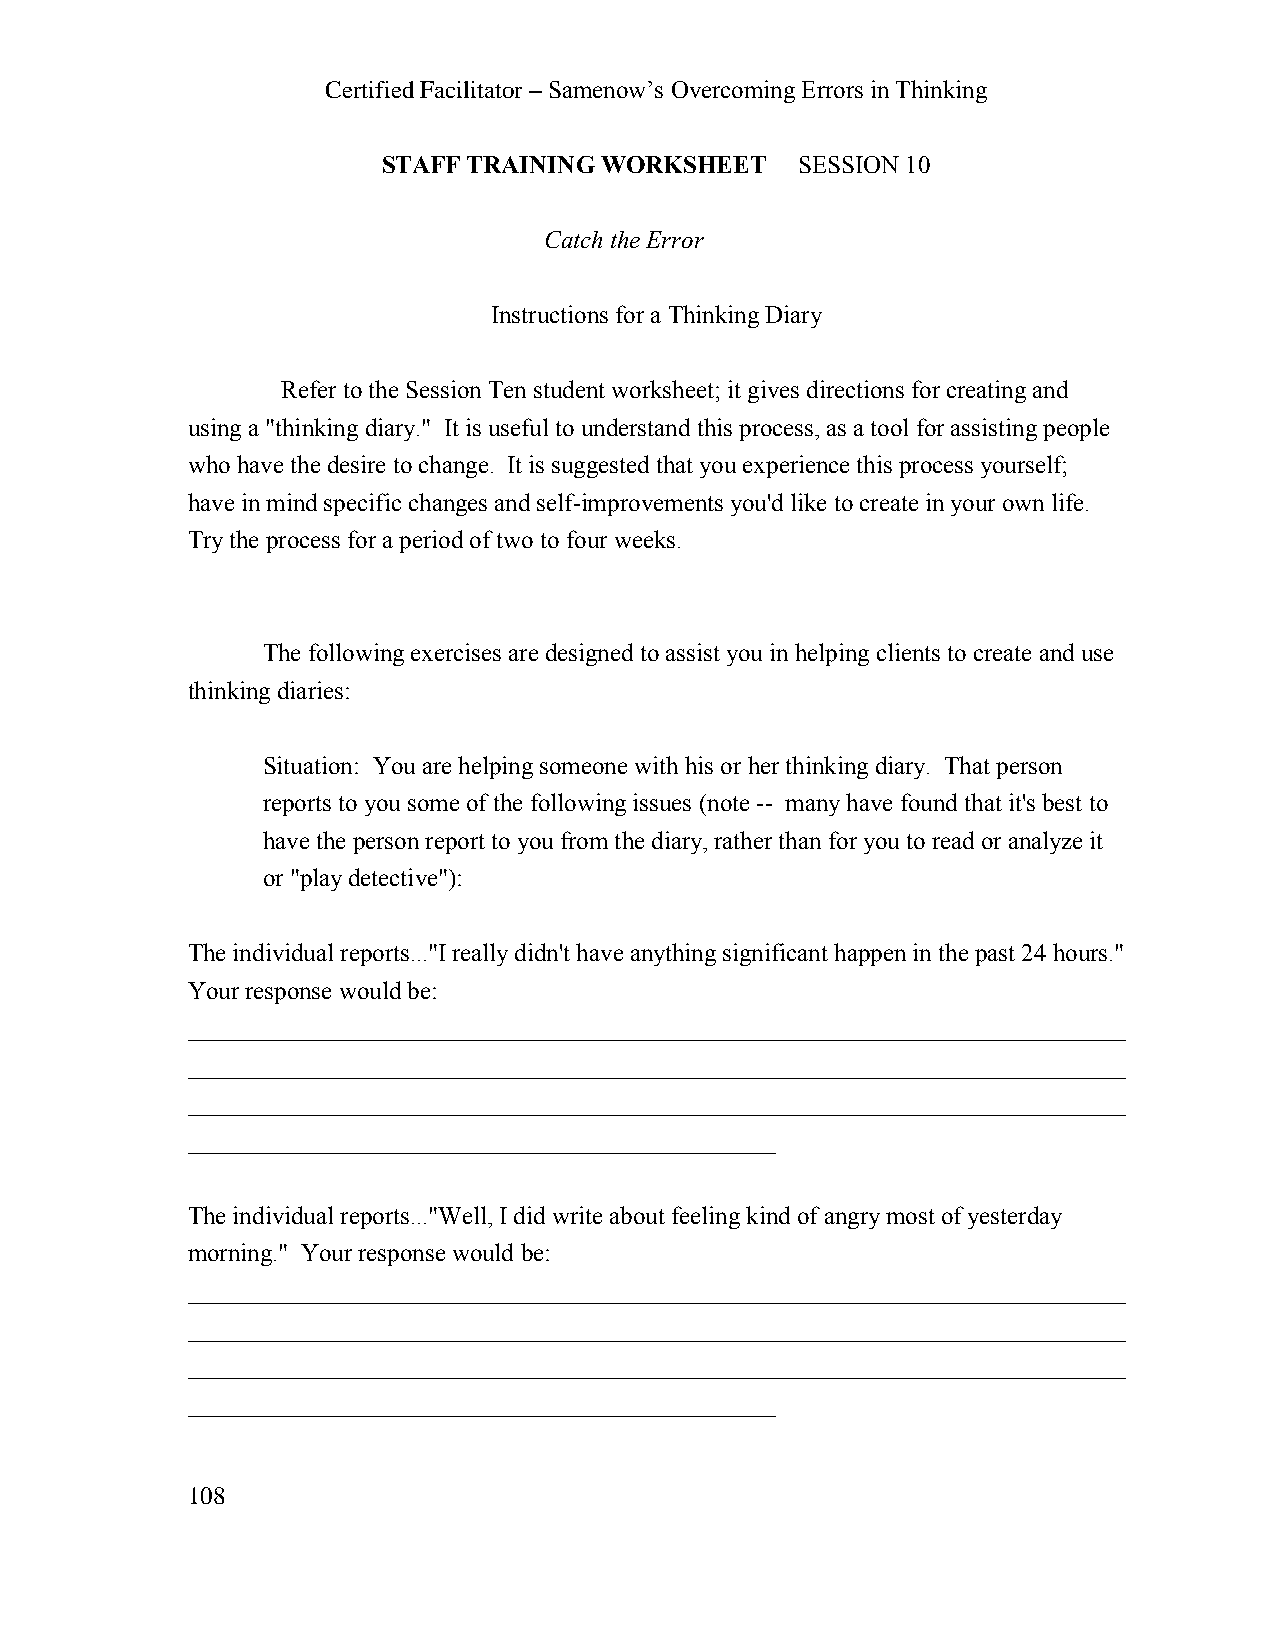
Certified Facilitator – Samenow’s Overcoming Errors in Thinking
 STAFF TRAINING WORKSHEET    SESSION 10
 Catch the Error
 Instructions for a Thinking Diary
 Refer to the Session Ten student worksheet; it gives directions for creating and
 using a "thinking diary." It is useful to understand this process, as a tool for assisting people
 who have the desire to change. It is suggested that you experience this process yourself;
 have in mind specific changes and self-improvements you'd like to create in your own life.
 Try the process for a period of two to four weeks.
 The following exercises are designed to assist you in helping clients to create and use
 thinking diaries:
 Situation: You are helping someone with his or her thinking diary. That person
 reports to you some of the following issues (note -- many have found that it's best to
 have the person report to you from the diary, rather than for you to read or analyze it
 or "play detective"):
 The individual reports..."I really didn't have anything significant happen in the past 24 hours."
 Your response would be:
 ___________________________________________________________________________
 ___________________________________________________________________________
 ___________________________________________________________________________
 _______________________________________________
 The individual reports..."Well, I did write about feeling kind of angry most of yesterday
 morning." Your response would be:
 ___________________________________________________________________________
 ___________________________________________________________________________
 ___________________________________________________________________________
 _______________________________________________
 108